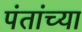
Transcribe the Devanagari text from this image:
पंतांच्या